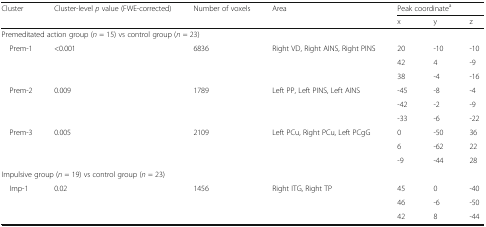
<table><thead><tr><td><b>Cluster</b></td><td><b>Cluster-level <i>p</i> value (FWE-corrected)</b></td><td><b>Number of voxels</b></td><td><b>Area</b></td><td colspan="3"><b>Peak coordinate<sup>a</sup></b></td></tr><tr><td></td><td></td><td></td><td></td><td><b>x</b></td><td><b>y</b></td><td><b>z</b></td></tr></thead><tbody><tr><td colspan="7">Premeditated action group (<i>n</i> = 15) vs control group (<i>n</i> = 23)</td></tr><tr><td> Prem-1</td><td>&lt;0.001</td><td>6836</td><td>Right VD, Right AINS, Right PINS</td><td>20</td><td>-10</td><td>-10</td></tr><tr><td></td><td></td><td></td><td></td><td>42</td><td>4</td><td>-9</td></tr><tr><td></td><td></td><td></td><td></td><td>38</td><td>-4</td><td>-16</td></tr><tr><td> Prem-2</td><td>0.009</td><td>1789</td><td>Left PP, Left PINS, Left AINS</td><td>-45</td><td>-8</td><td>-4</td></tr><tr><td></td><td></td><td></td><td></td><td>-42</td><td>-2</td><td>-9</td></tr><tr><td></td><td></td><td></td><td></td><td>-33</td><td>-6</td><td>-22</td></tr><tr><td> Prem-3</td><td>0.005</td><td>2109</td><td>Left PCu, Right PCu, Left PCgG</td><td>0</td><td>-50</td><td>36</td></tr><tr><td></td><td></td><td></td><td></td><td>6</td><td>-62</td><td>22</td></tr><tr><td></td><td></td><td></td><td></td><td>-9</td><td>-44</td><td>28</td></tr><tr><td colspan="6">Impulsive group (<i>n</i> = 19) vs control group (<i>n</i> = 23)</td><td></td></tr><tr><td> Imp-1</td><td>0.02</td><td>1456</td><td>Right ITG, Right TP</td><td>45</td><td>0</td><td>-40</td></tr><tr><td></td><td></td><td></td><td></td><td>46</td><td>-6</td><td>-50</td></tr><tr><td></td><td></td><td></td><td></td><td>42</td><td>8</td><td>-44</td></tr></tbody></table>